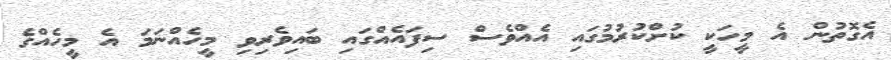
އެގޮތުން އެ މީހަކީ ކުށްކުރުމުގައި އެއްވެސް ސިފައެއްގައި ބައިވެރިވި މީހެއްނަމަ އެ މީހެއްގެ